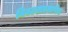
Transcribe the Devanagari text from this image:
बिबट्याप्रमाणेच